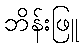
ဘိန်းဖြူ